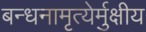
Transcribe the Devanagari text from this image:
बन्धनामृत्येर्मुक्षीय